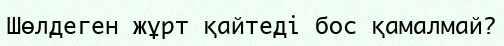
Шөлдеген жұрт қайтеді бос қамалмай?